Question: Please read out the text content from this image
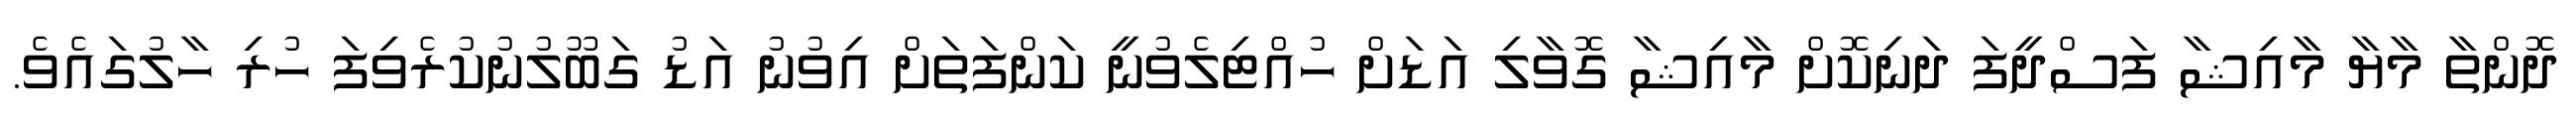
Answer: ދޮންތާ މާޔާ މާއިޝާ ފަސްދީފަ ދަނިކޮށް މާއިޝާ ގޮވާލި އަޑަށް ހުއްޓިލެވުނީ ކަންފަތަށް އިވުނު އަޑު ގަބޫލުނުކުރެވިފަ ހުރި ހާލުގައެވެ.